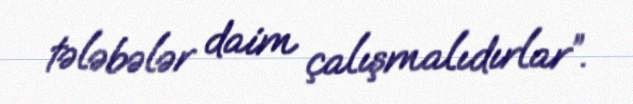
tələbələr daim çalışmalıdırlar”.